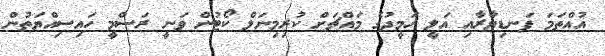
އުއްތަމަ ފަނޑިޔާރާއި އަލީ ހަމީދުގެ މައްޗަށް ކުރިމިނަލް ކޯޓުން ވަނީ ރަސްމީ ހައިސިއްޔަތުން